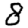
Digit: 8